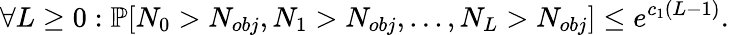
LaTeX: \forall L\ge 0:\mathbb{P}[N_{0}>N_{obj},N_{1}>N_{obj},...,N_{L}>N_{obj}]\le e^{c_{1}(L-1)}.